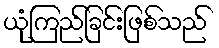
ယုံကြည်ခြင်းဖြစ်သည်